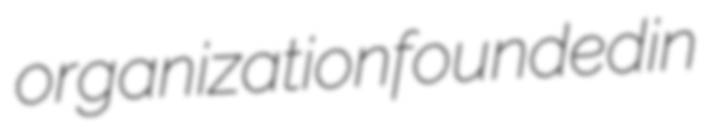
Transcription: organization founded in